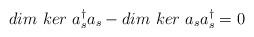
LaTeX: \begin{align*}dim\ ker\ a^{\dagger}_{s}a_{s} - dim\ ker\ a_{s}a^{\dagger}_{s}=0\end{align*}